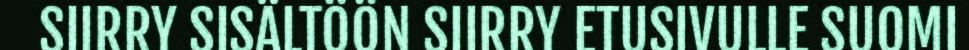
SIIRRY SISÄLTÖÖN SIIRRY ETUSIVULLE SUOMI